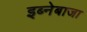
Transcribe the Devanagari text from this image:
इब्नेबाजा